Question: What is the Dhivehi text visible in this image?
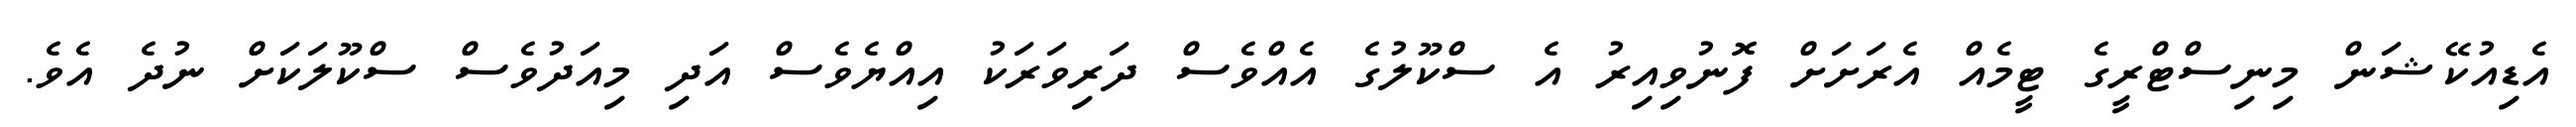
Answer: އެޑިއުކޭޝަން މިނިސްޓްރީގެ ޓީމެއް އެރަށަށް ފޮނުވިއިރު އެ ސްކޫލުގެ އެއްވެސް ދަރިވަރަކު އިއްޔެވެސް އަދި މިއަދުވެސް ސްކޫލަކަށް ނުދެ އެވެ.